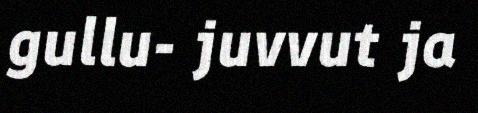
gullu- juvvut ja